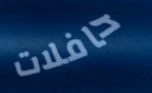
حافلات